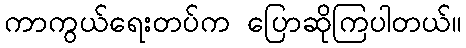
ကာကွယ်ရေးတပ်က ပြောဆိုကြပါတယ်။